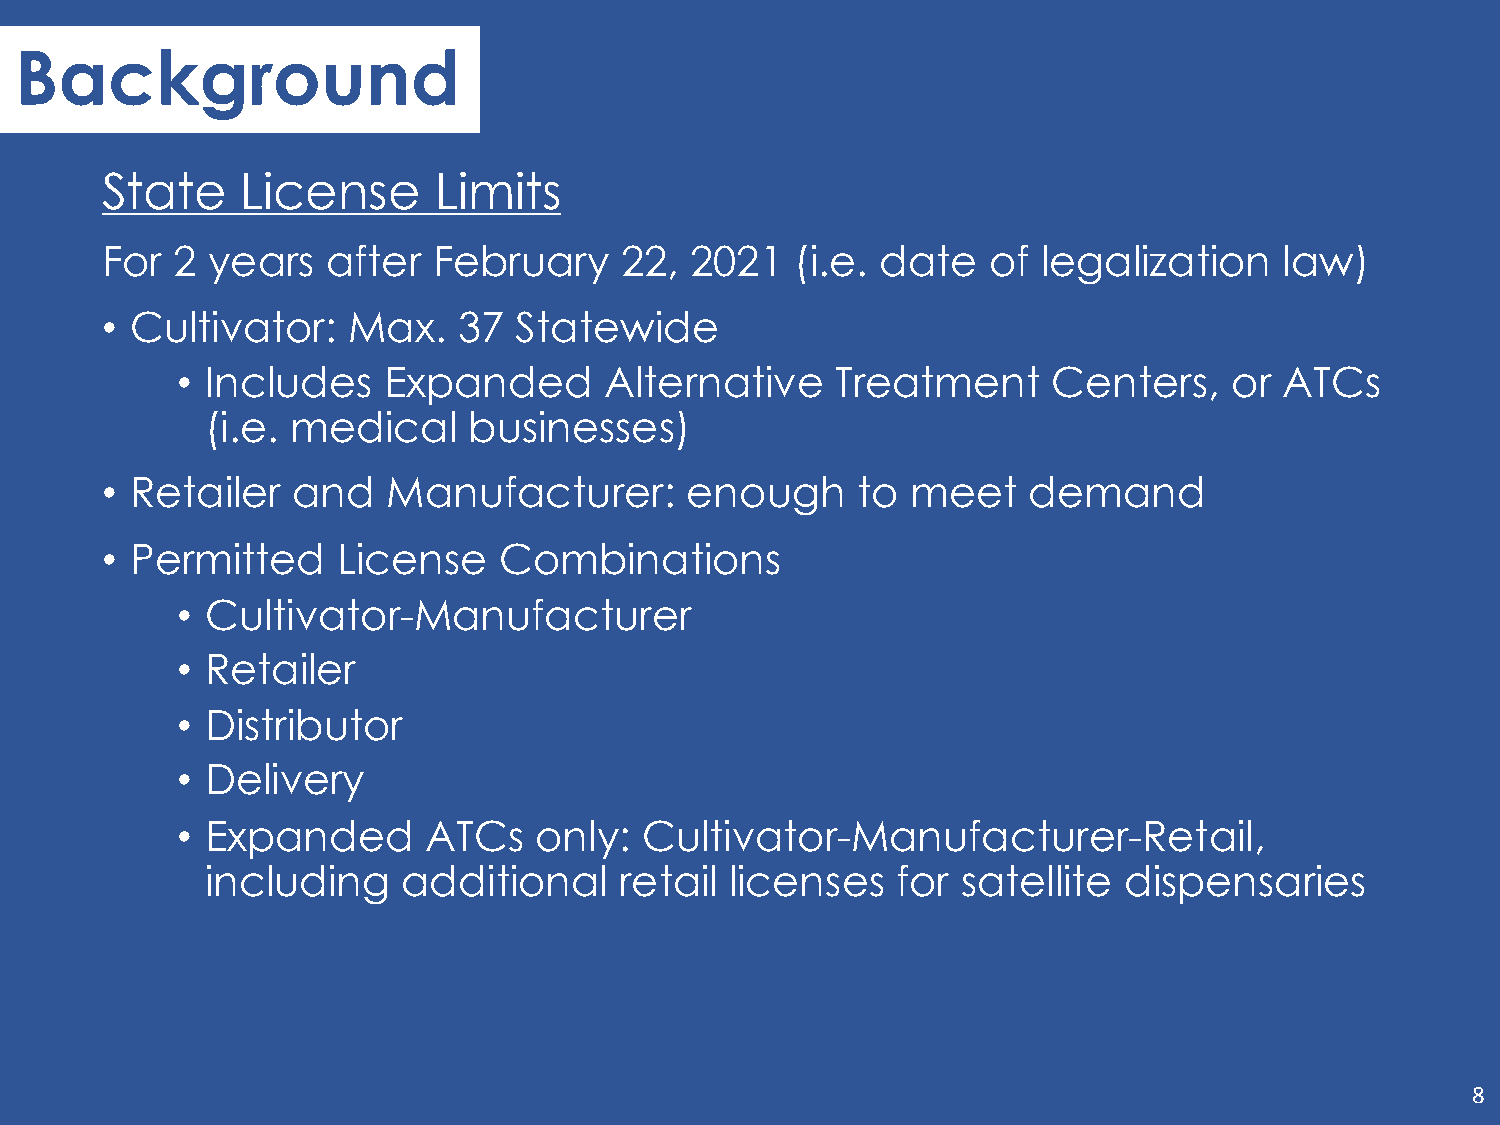
Background
 State    License      Limits
 For 2  years   after  February    22,  2021   (i.e. date  of  legalization    law)
 • Cultivator:   Max.   37  Statewide
 • Includes   Expanded       Alternative    Treatment      Centers,    or ATCs
 (i.e. medical    businesses)
 • Retailer  and    Manufacturer:      enough      to meet    demand
 • Permitted    License    Combinations
 • Cultivator-Manufacturer
 • Retailer
 • Distributor
 • Delivery
 • Expanded      ATCs   only:  Cultivator-Manufacturer-Retail,
 including    additional    retail licenses   for  satellite dispensaries
 8